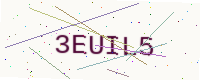
Text: 3EUIL5